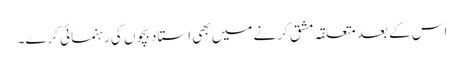
اس کے بعد متعلقہ مشق کرنے میں بھی استاد بچوں کی رہنمائی کرے۔